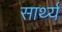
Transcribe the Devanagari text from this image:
सार्थ्य